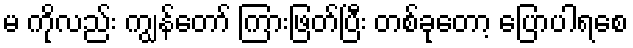
မ ကိုလည်း ကျွန်တော် ကြားဖြတ်ပြီး တစ်ခုတော့ ပြောပါရစေ